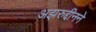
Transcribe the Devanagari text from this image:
अझरुद्दीनने